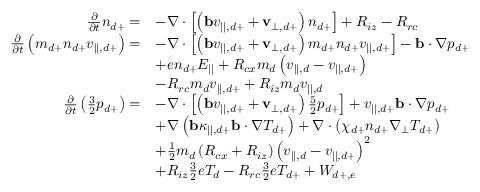
\begin{array} { r l } { \frac { \partial } { \partial t } n _ { d + } = } & { - \nabla \cdot \left[ \left( \mathbf { b } v _ { | | , d + } + \mathbf { v } _ { \perp , d + } \right) n _ { d + } \right] + R _ { i z } - R _ { r c } } \\ { \frac { \partial } { \partial t } \left( m _ { d + } n _ { d + } v _ { | | , d + } \right) = } & { - \nabla \cdot \left[ \left( \mathbf { b } v _ { | | , d + } + \mathbf { v } _ { \perp , d + } \right) m _ { d + } n _ { d + } v _ { | | , d + } \right] - \mathbf { b } \cdot \nabla p _ { d + } } \\ & { + e n _ { d + } E _ { | | } + R _ { c x } m _ { d } \left( v _ { | | , d } - v _ { | | , d + } \right) } \\ & { - R _ { r c } m _ { d } v _ { | | , d + } + R _ { i z } m _ { d } v _ { | | , d } } \\ { \frac { \partial } { \partial t } \left( \frac { 3 } { 2 } p _ { d + } \right) = } & { - \nabla \cdot \left[ \left( \mathbf { b } v _ { | | , d + } + \mathbf { v } _ { \perp , d + } \right) \frac { 5 } { 2 } p _ { d + } \right] + v _ { | | , d + } \mathbf { b } \cdot \nabla p _ { d + } } \\ & { + \nabla \left( \mathbf { b } \kappa _ { | | , d + } \mathbf { b } \cdot \nabla T _ { d + } \right) + \nabla \cdot \left( \chi _ { d + } n _ { d + } \nabla _ { \perp } T _ { d + } \right) } \\ & { + \frac { 1 } { 2 } m _ { d } \left( R _ { c x } + R _ { i z } \right) \left( v _ { | | , d } - v _ { | | , d + } \right) ^ { 2 } } \\ & { + R _ { i z } \frac { 3 } { 2 } e T _ { d } - R _ { r c } \frac { 3 } { 2 } e T _ { d + } + W _ { d + , e } } \end{array}